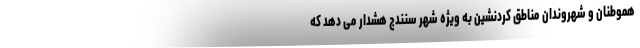
هموطنان و شهروندان مناطق کردنشین به ویژه شهر سنندج هشدار می دهد که